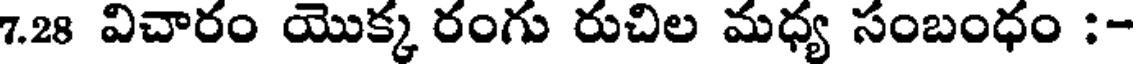
7.28 విచారం యొక్క రంగు రుచిల మధ్య సంబంధం :-